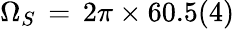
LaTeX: \Omega_{S}\, =\, 2\pi\times 60.5(4)